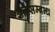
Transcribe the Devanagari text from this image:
अंर्तसम्बन्ध